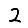
Digit: 2